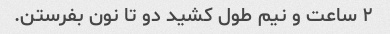
٢ ساعت و نیم طول کشید دو تا نون بفرستن.